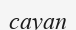
сауап